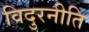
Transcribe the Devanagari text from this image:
विदुरनीति